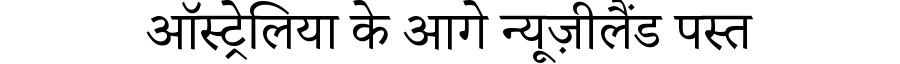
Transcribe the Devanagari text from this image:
ऑस्ट्रेलिया के आगे न्यूज़ीलैंड पस्त